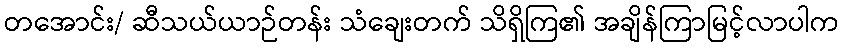
တအောင်း/ ဆီသယ်ယာဉ်တန်း သံချေးတက် သိရှိကြ၏ အချိန်ကြာမြင့်လာပါက